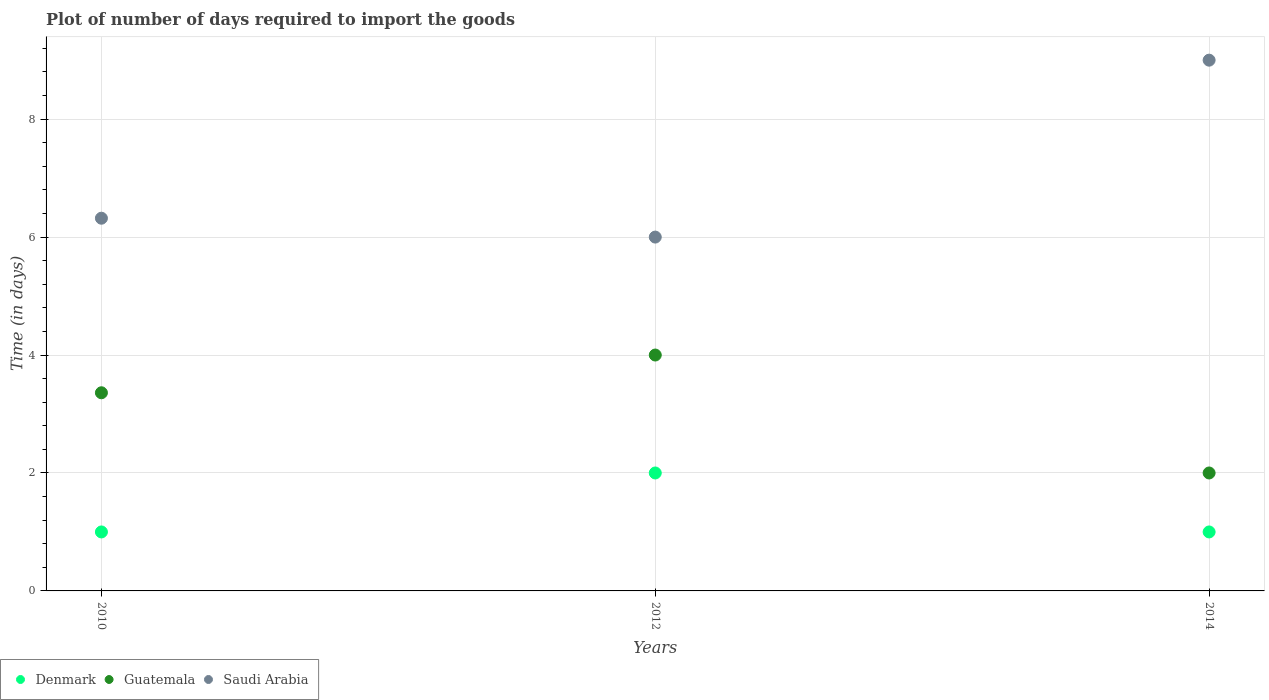
| Years | Denmark | Guatemala | Saudi Arabia |
 | --- | --- | --- | --- |
 | 2010 | 1 | 3.36 | 6.32 |
 | 2012 | 2 | 4 | 6 |
 | 2014 | 1 | 2 | 9 |